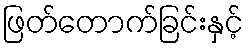
ဖြတ်တောက်ခြင်းနှင့်